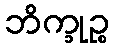
ဘိက္ခုဉ္စ